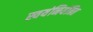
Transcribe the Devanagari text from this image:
स्वयंनियंत्रित